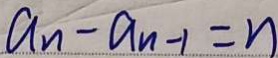
a _ { n } - a _ { n - 1 } = n